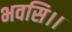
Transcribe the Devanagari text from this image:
भवसि।।